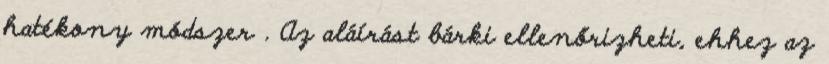
hatékony módszer . Az aláírást bárki ellenőrizheti, ehhez az